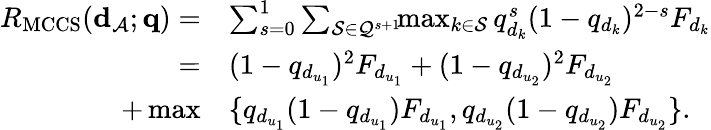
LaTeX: \begin{array}{rl}{R_{\mathrm{MCCS}}({\mathbf d}_{\cal A};{\mathbf q})=}&{\sum_{s=0}^{1}\sum_{{\cal S}\in{\cal Q}^{s+1}}\! \! \operatorname*{max}_{k\in{\cal S}}q_{d_{k}}^{s}(1-q_{d_{k}})^{2-s}F_{d_{k}}}\\ {=}&{(1-q_{d_{u_{1}}})^{2}F_{d_{u_{1}}}+(1-q_{d_{u_{2}}})^{2}F_{d_{u_{2}}}}\\ {+\operatorname*{max}}&{\{ q_{d_{u_{1}}}(1-q_{d_{u_{1}}})F_{d_{u_{1}}},q_{d_{u_{2}}}(1-q_{d_{u_{2}}})F_{d_{u_{2}}}\} .}\end{array}